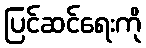
ပြင်ဆင်ရေးကို